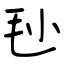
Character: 毜